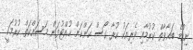
ނިކުމެ ބަޣާވާތް ކުރުމާއި ވެރިއަކު ކުރާ ގޯސް ކަންކަން ހުއްޓުވަން މަސައްކަތް ކުރުމަކީ